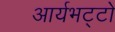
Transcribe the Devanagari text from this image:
आर्यभट्टो